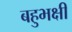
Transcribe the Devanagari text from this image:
बहुभक्षी